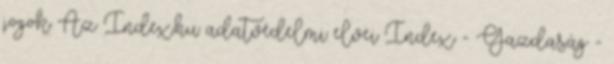
jogok Az Index.hu adatvédelmi elvei Index - Gazdaság -